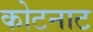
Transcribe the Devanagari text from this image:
कोटनाट